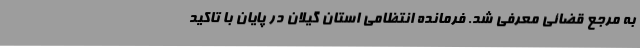
به مرجع قضائی معرفی شد. فرمانده انتظامی استان گیلان در پایان با تاکید